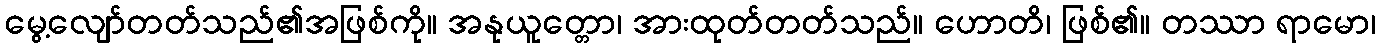
မွေ့လျော်တတ်သည်၏အဖြစ်ကို။ အနုယူတ္တော၊ အားထုတ်တတ်သည်။ ဟောတိ၊ ဖြစ်၏။ တဿာ ရာမော၊